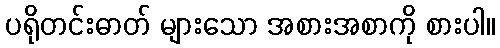
ပရိုတင်းဓာတ် များသော အစားအစာကို စားပါ။